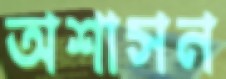
অশাসন